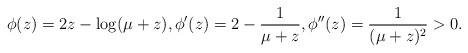
\begin{align*}\phi(z)=2z-\log(\mu+z), \phi'(z)=2-\frac{1}{\mu+z}, \phi''(z)=\frac{1}{(\mu+z)^2}> 0.\end{align*}